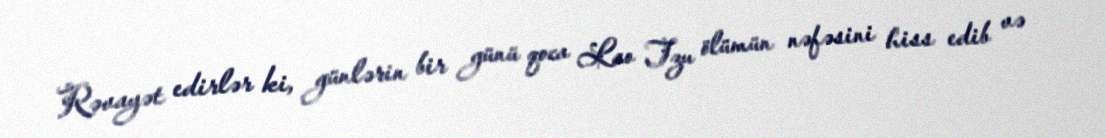
Rəvayət edirlər ki, günlərin bir günü qoca Lao Tzu ölümün nəfəsini hiss edib və